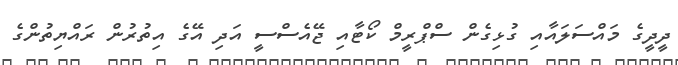
ދީދީގެ މަައްސަލައާއި ގުޅިގެން ސްޕްރީމް ކޯޓާއި ޖޭއެސްސީ އަދި އޭގެ އިތުރުން ރައްޔިތުންގެ